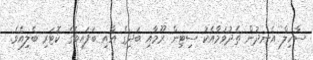
ސާހިލް އެނދުން ތެދުވުމާއެކު ސިޓިން ރޫމާއި ބަދިގެ އާއި ބަފައިބެގެ ކޮޓަރި ބެލިއެވެ.